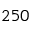
2 5 0